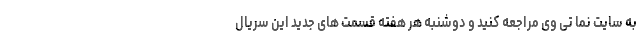
به سایت نما تی وی مراجعه کنید و دوشنبه هر هفته قسمت های جدید این سریال